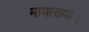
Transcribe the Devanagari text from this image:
मायाख्या।